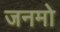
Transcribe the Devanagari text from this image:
जनमो